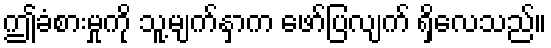
ဤခံစားမှုကို သူ့မျက်နှာက ဖော်ပြလျက် ရှိလေသည်။